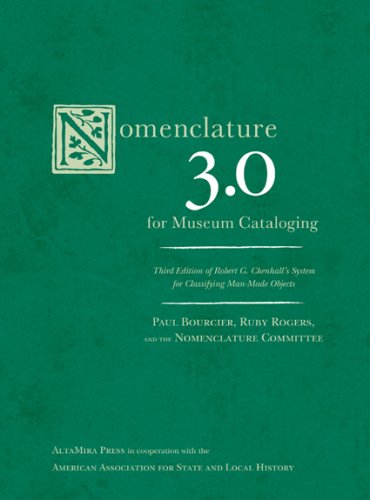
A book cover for Nomenclature 3.0 for Museum Cataloging: Robert G. Chenhall's System for Classifying Man-Made Objects (American Association for State and Local History); Paul Bourcier; Business & Money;